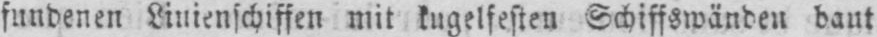
fundenen Linienschiffen mit kugelfesten Schiffswänden baut